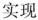
实现